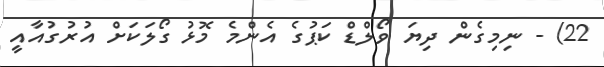
22) - ނިމިގެން ދިޔަ ވޯލްޑް ކަޕުގެ އެންމެ މޮޅު ގޯލަކަށް އުރުގުއާއީ